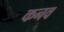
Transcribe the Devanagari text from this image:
कनव